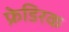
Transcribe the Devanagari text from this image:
फ्रेडिरक